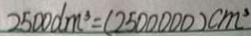
2 5 0 0 d m ^ { 3 } = ( 2 5 0 0 0 0 0 ) c m ^ { 3 }